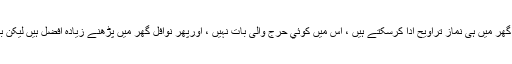
اگر آپ مسجد نہيں جاسکتے تو آپ اپنے گھر میں ہی نماز تراویح ادا کرسکتے ہيں ، اس میں کوئي حرج والی بات نہیں ، اورپھر نوافل گھر میں پڑھنے زیادہ افضل ہیں لیکن باجماعت ادا کرنے اور بھی زيادہ افضل ۔